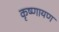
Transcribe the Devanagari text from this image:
कृष्णायण